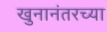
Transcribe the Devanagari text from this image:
खुनानंतरच्या